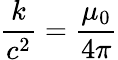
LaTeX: \frac{k}{c^{2}}=\frac{\mu_{0}}{4\pi}